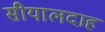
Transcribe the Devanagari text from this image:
सीयालदाह